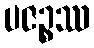
ပဇဉ္စဿ